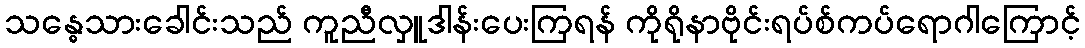
သန္ဓေသားခေါင်းသည် ကူညီလှူဒါန်းပေးကြရန် ကိုရိုနာဗိုင်းရပ်စ်ကပ်ရောဂါကြောင့်